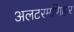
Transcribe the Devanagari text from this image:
अलटरमणिहार